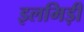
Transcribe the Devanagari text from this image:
इलमिड़ी